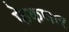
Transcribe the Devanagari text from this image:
फेकणार